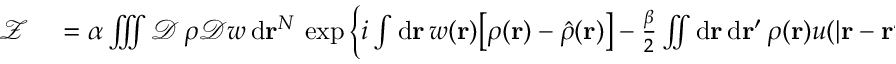
\begin{array} { r l } { \mathcal { Z } } & { { } = \alpha \iiint \mathcal { D } \, \rho \mathcal { D } w \, \mathrm { d } \mathbf { r } ^ { N } \, \exp \left\{ i \int \mathrm { d } \mathbf { r } \, w ( \mathbf { r } ) \big [ \rho ( \mathbf { r } ) - \hat { \rho } ( \mathbf { r } ) \big ] - \frac { \beta } { 2 } \iint \mathrm { d } \mathbf { r } \, \mathrm { d } \mathbf { r } ^ { \prime } \, \rho ( \mathbf { r } ) u ( \vert \mathbf { r } - \mathbf { r } ^ { \prime } \vert ) \rho ( \mathbf { r } ^ { \prime } ) \right\} } \end{array}